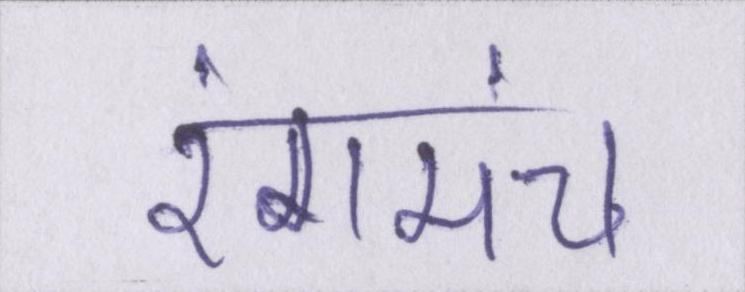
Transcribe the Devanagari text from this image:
रंगमंच